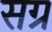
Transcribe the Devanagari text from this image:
सग्र